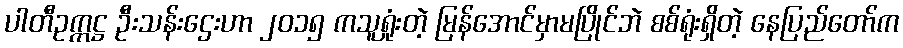
ပါတီဥက္ကဋ္ဌ ဦးသန်းဌေးဟာ ၂၀၁၅ ကသူရှုံးတဲ့ မြန်အောင်မှာမပြိုင်ဘဲ စစ်ရုံးရှိတဲ့ နေပြည်တော်က